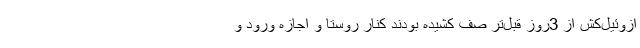
ازوئیل‌کش از 3روز قبل‌تر صف کشیده بودند کنار روستا و اجازه ورود و